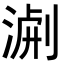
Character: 𭱐